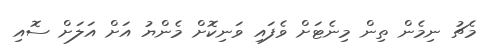
މެޗު ނިމެން ތިން މިނެޓަށް ވެފައި ވަނިކޮށް މެންޔު އަށް އަލަށް ސޮއި